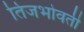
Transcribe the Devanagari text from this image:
तिजभोवती